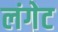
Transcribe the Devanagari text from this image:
लंगेट